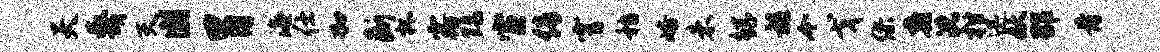
天蔑灭圃胃海仕加断杯露黝宦倩霄嵇峪未鲧髓今戈缪蠡沈柑迅妖邵骨